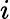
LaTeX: i